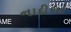
નાદીગર